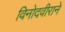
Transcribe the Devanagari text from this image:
विनोदवीराने